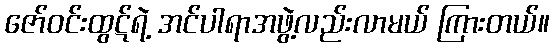
ဇော်ဝင်းထွဋ်ရဲ့ အင်ပါရာအဖွဲ့လည်းလာမယ် ကြားတယ်။